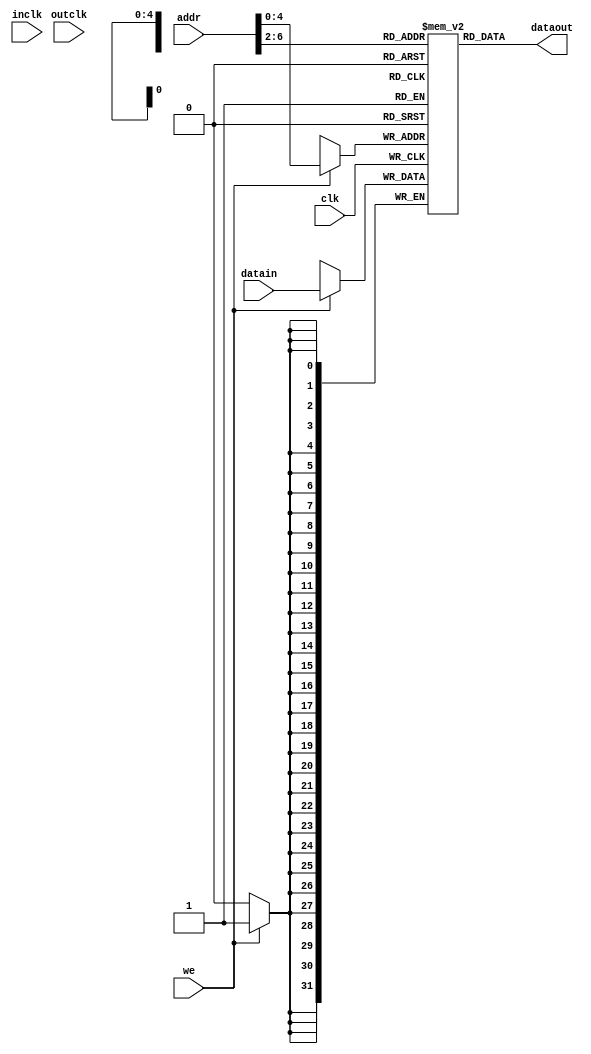
/* 
writer:liyiming 
date: 2018/11/14
version: 0.0
module: data mem
func: storage the data
*/
module scdatamem(
    clk,
    dataout,
    datain,
    addr,
    we,
    inclk,
    outclk
);
    input [31:0] datain;
    input [31:0] addr;
    input clk,we,inclk,outclk;
    output [31:0] dataout;
    reg [31:0] ram [0:31];
    assign dataout = ram[addr[6:2]];
    always @(posedge clk) begin
        if (we) ram[addr] = datain;
    end
    integer i;
    initial begin
        for(i = 0;i<32;i = i+1)ram[i] = 0;
        ram[5'h14] = 32'h000000a3;
        ram[5'h15] = 32'h00000027;
        ram[5'h16] = 32'h00000079;
        ram[5'h17] = 32'h00000115;
    end
endmodule